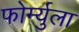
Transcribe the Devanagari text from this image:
फोर्म्युला